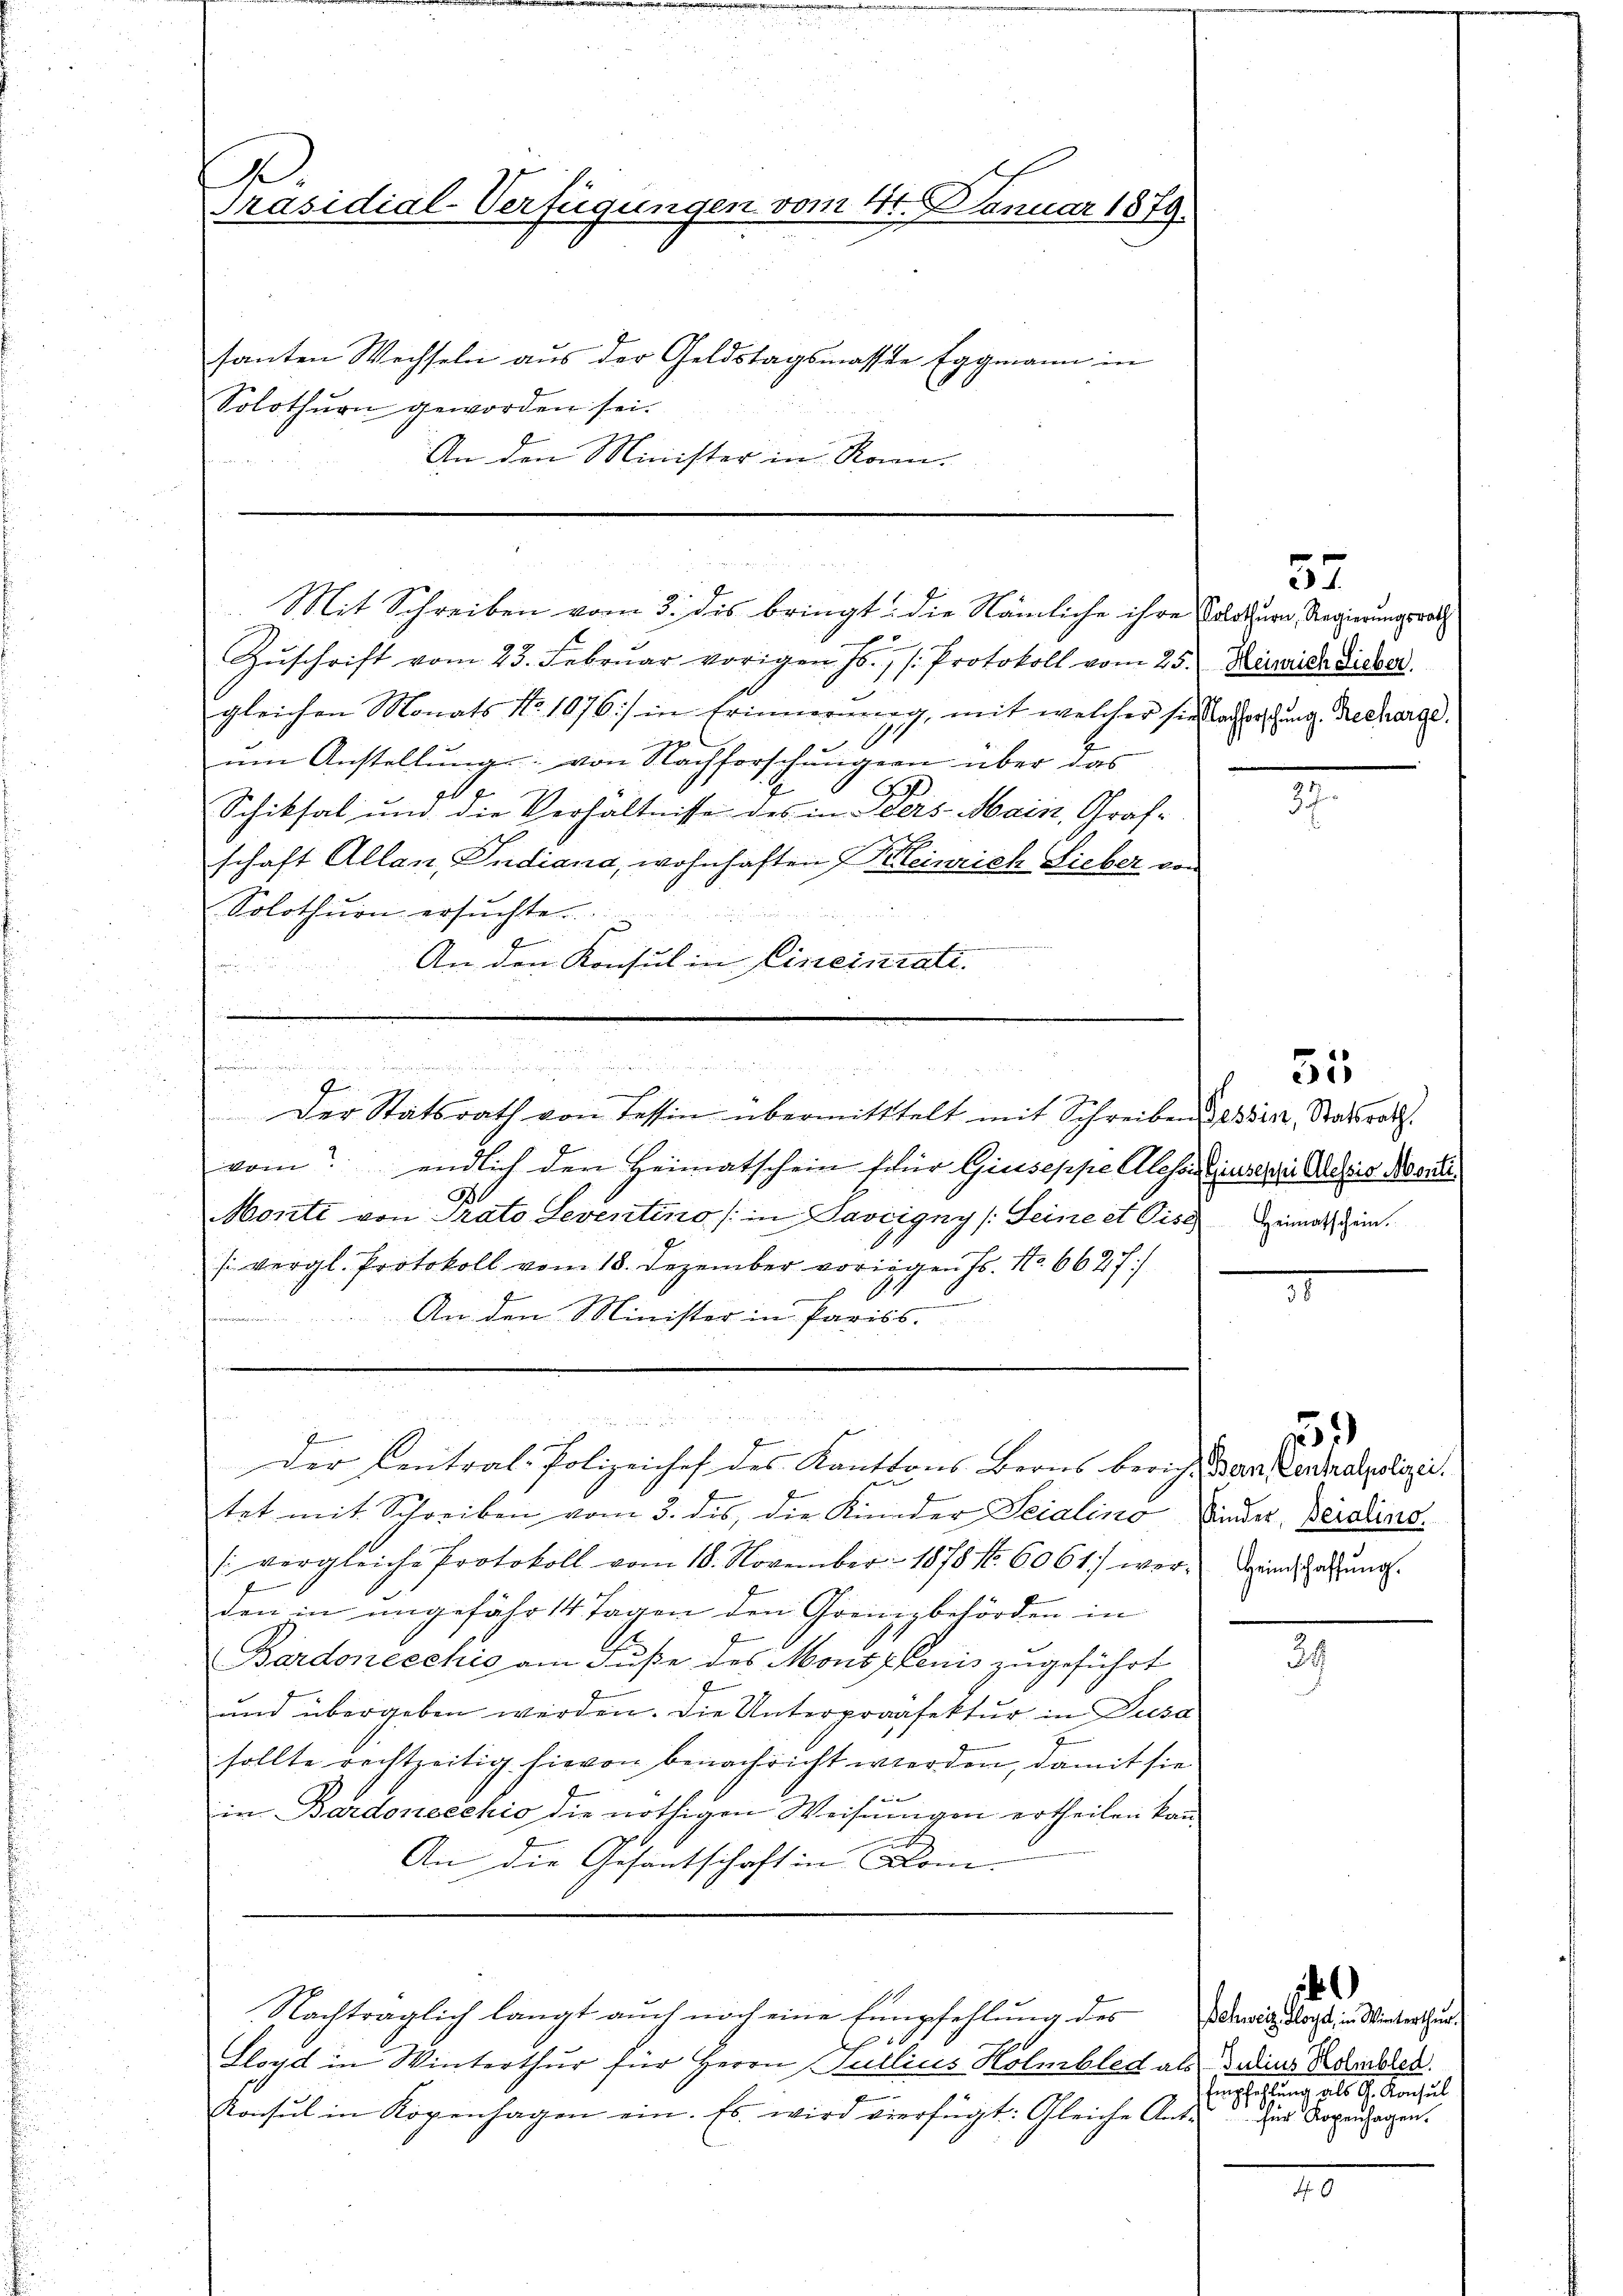
A.
Präsidial-Verfügungen vom 4. Januar 1879.
santen Wechseln aus der Geldstagsmasse Eggmann in
Solothurn geworden sei.
An den Minister in Rom.

Zŭschrift vom 23. Febrŭar vorigen J. Protokoll vom 25. Seide Dicker.
gleichen Monats No. 1076) in Erinnerung, mit welcher sie lachterstung. Recharge.
E
ŭm Anstellŭng von Nachforschungen über das
e
Schiksal und die Verhältnisse des in Vers. Main, Grafschaft Allan, Indiana, wohnhaften 7 Kleinrich Lieber von
Solothurn ersŭchte.
F
An den Konsul in Eineinratin

Mit Schreiben vom 3. dis bringt: die Nämliche ihre Solothurn, Regierungsrath

Der Statsrath von tessin übermittelt mit Schreiben Gesin, Staatsrath.
vom endlich den Heimatschein für Giuseppe Alesorgensere Alois Monti
Monti von Trato Seventino (in Savigny (Seine et Pise
si vergl. Protokoll vom 18. Dezember vorigen Js. No. 6627/
An den Minister in Pariss.

d e g
Der Central-Polizeichef des Kantons Berns bericht der Verdalpolizei.

Nachträglich langt auch noch eine Empfehlung des
d
Lloyd in Winterthur für Herrn Sullius Holmbled als Julius Esterbleh
Konsul in Kopenhagen ein. Es wird vierfügt: Gleiche Ant¬

gerungen, in wird aus

g
.
.

tet mit Schreiben vom 3. des, die Kinder Seidlino Kinder, Beidlins.
: vergleiche Protokoll vom 18. November 1878 f. 6061. wor-
den in ungefähr 14 Tagen den Grenzbehörden in
Bardonecchio am Fuße des Monsplenis zugeführt
und übergeben werden. Die Unterpraasektŭr in Zusa
sollte rechtzeitig hievon benachricht werden, damit sie
f
in Bardonecchio die nöthigen Weisungen ertheilen kan
u
An die Gesantschaft in Com-

57

v

Heimatschein.

555

25
Heimschaffung.

)
Schweiz. Gloye, in Winterthur.
bescheinung als G. Konsul
für Kopenhagen.